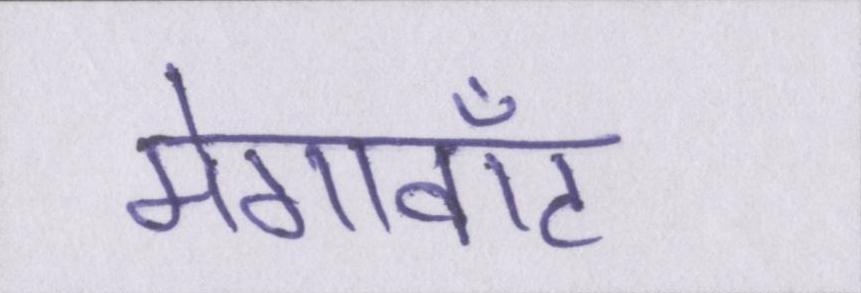
मेगावॉट